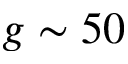
g \sim 5 0